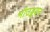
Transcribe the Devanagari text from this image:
भीउड्डयन